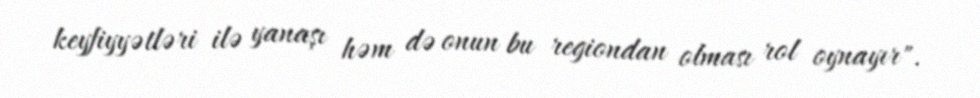
keyfiyyətləri ilə yanaşı həm də onun bu regiondan olması rol oynayır".